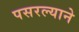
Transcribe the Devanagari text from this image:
पसरल्याने